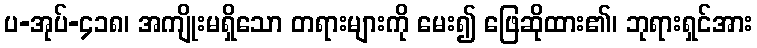
ပ-အုပ်-၄၁၈၊ အကျိုးမရှိသော တရားများကို မေး၍ ဖြေဆိုထား၏၊ ဘုရားရှင်အား